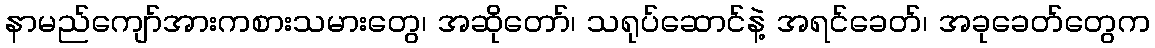
နာမည်ကျော်အားကစားသမားတွေ၊ အဆိုတော်၊ သရုပ်ဆောင်နဲ့ အရင်ခေတ်၊ အခုခေတ်တွေက